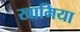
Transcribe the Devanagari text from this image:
खामिया